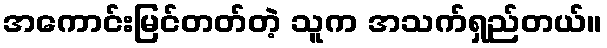
အကောင်းမြင်တတ်တဲ့ သူက အသက်ရှည်တယ်။